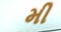
મી